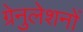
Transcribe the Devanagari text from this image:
ग्रेनुलेशनों